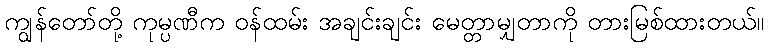
ကျွန်တော်တို့ ကုမ္ပဏီက ဝန်ထမ်း အချင်းချင်း မေတ္တာမျှတာကို တားမြစ်ထားတယ်။